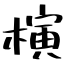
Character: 𣘹